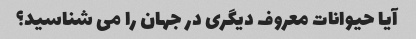
آیا حیوانات معروف دیگری در جهان را می شناسید؟